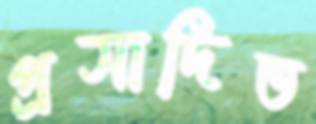
প্রসাদিত